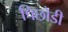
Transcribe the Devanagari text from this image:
पिछोडी